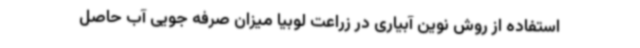
استفاده از روش نوین آبیاری در زراعت لوبیا میزان صرفه جویی آب حاصل